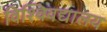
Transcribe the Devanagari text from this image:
विश्विवद्यालय